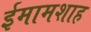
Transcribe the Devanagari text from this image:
ईमामशाह